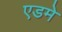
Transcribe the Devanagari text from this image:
एडमे